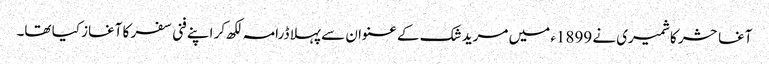
آغا حشر کاشمیری نے 1899ء میں مرید شک کے عنوان سے پہلا ڈرامہ لکھ کر اپنے فنی سفر کا آغاز کیا تھا۔